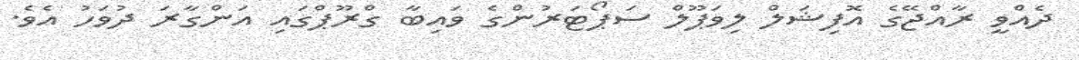
ދެއްވީ ރާއްޖޭގެ އޮފިޝަލް ލިވަޕޫލް ސަޕޯޓަރުންގެ ވައިބާ ގްރޫޕްގައި އަންގާރަ ދުވަހު އެވެ.